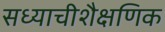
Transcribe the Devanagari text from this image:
सध्याचीशैक्षणिक